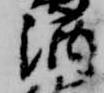
酒